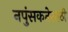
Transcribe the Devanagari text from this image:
नपुंसकतेसाठी